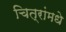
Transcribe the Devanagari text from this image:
चित्रांमधे